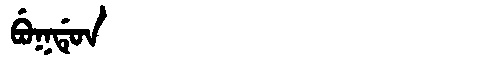
Manchu: ᠪᡠᡴᡩᡠᠨ
Romanization: BUKDUN